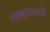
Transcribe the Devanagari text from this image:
मजकूरामध्ये